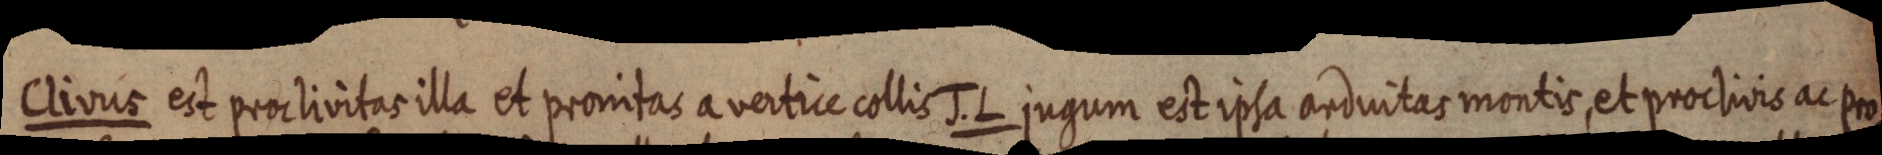
Clivus est proclivitas illa et pronitas a vertice collis J. L jugum est ipsa arduitas montis, et proclivis ac pro